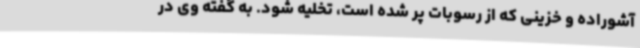
آشوراده و خزینی که از رسوبات پر شده است، تخلیه شود. به گفته وی در